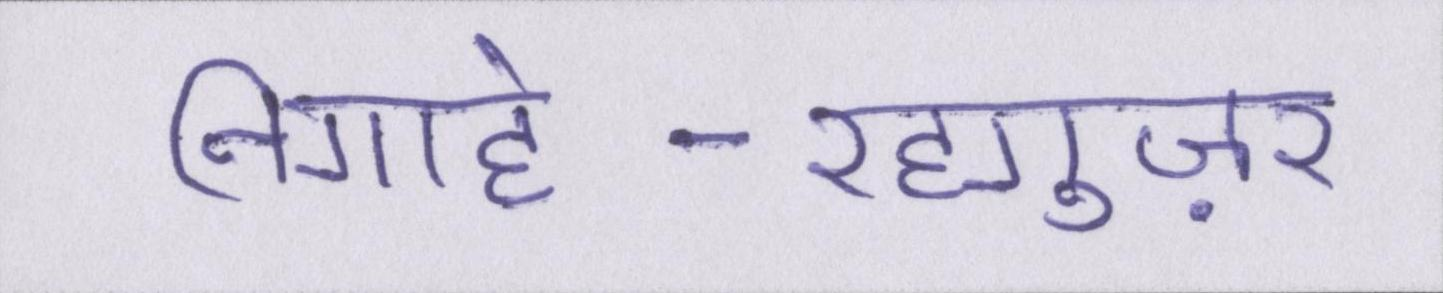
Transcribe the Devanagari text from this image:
निगाहे-रहगुज़र